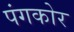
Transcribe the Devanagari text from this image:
पंगकोर